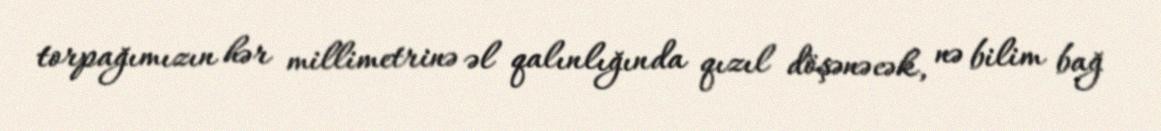
torpağımızın hər millimetrinə əl qalınlığında qızıl döşənəcək, nə bilim bağ